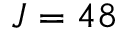
J = 4 8